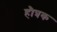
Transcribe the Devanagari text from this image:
हौत्रक